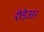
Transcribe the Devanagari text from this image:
रोडेअर